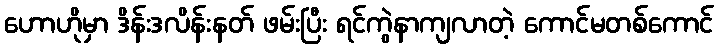
ဟောဟိုမှာ ဒိန်းဒလိန်းနတ် ဖမ်းပြီး ရင်ကွဲနာကျလာတဲ့ ကောင်မတစ်ကောင်